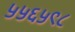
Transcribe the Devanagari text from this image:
५५६५९८